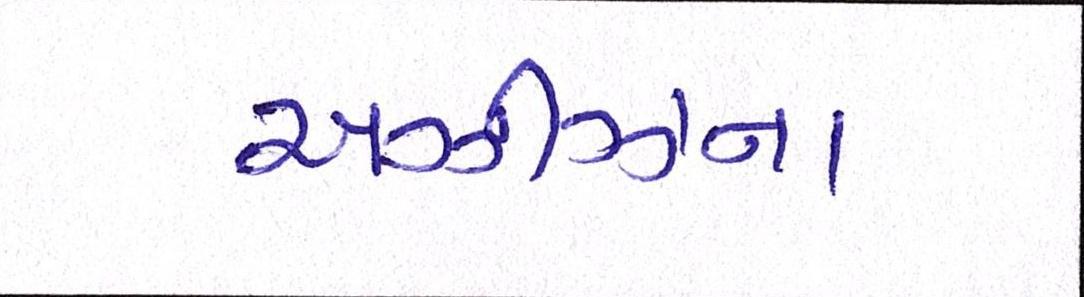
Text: અઝીઝના